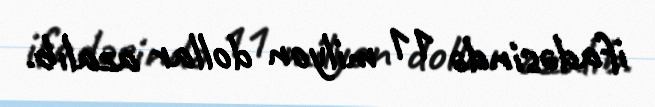
ifadəsində 11 milyon dollar azalıb.